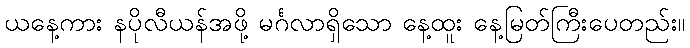
ယနေ့ကား နပိုလီယန်အဖို့ မင်္ဂလာရှိသော နေ့ထူး နေ့မြတ်ကြီးပေတည်း။